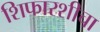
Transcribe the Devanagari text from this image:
शिफारशीचा